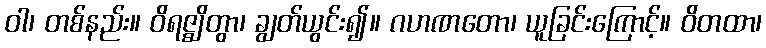
ဝါ၊ တစ်နည်း။ ဝိရဇ္ဈိတွာ၊ ချွတ်ယွင်း၍။ ဂဟဏတော၊ ယူခြင်းကြောင့်။ ဝိတထာ၊